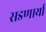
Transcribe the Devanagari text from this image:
सडणार्या